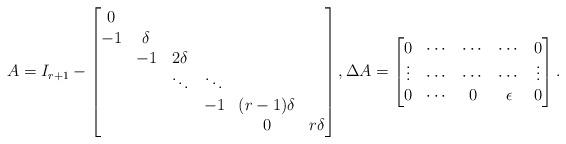
LaTeX: \begin{align*}A = I_{r+1}-\left[\begin{matrix}0 & & & & &\\-1 & \delta & & & &\\ & -1 & 2\delta & & &\\ & & \ddots & \ddots & & \\& & & -1&(r-1)\delta & \\ & & & &0 & r\delta\\\end{matrix} \right], \Delta A = \left[\begin{matrix}0 & \cdots&\cdots&\cdots & 0 \\\vdots &\cdots&\cdots& \cdots & \vdots \\ 0 &\cdots& 0&\epsilon & 0 \end{matrix} \right]. \end{align*}